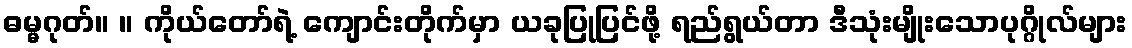
ဓမ္မဂုတ်။ ။ ကိုယ်တော်ရဲ့ ကျောင်းတိုက်မှာ ယခုပြုပြင်ဖို့ ရည်ရွယ်တာ ဒီသုံးမျိုးသောပုဂ္ဂိုလ်များ